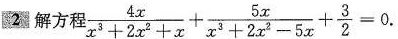
2，解方 $$\frac { 4 x } { x ^ { 3 } + 2 x ^ { 2 } + x } + \frac { 5 x } { x ^ { 3 } + 2 x ^ { 2 } - 5 x } + \frac { 3 } { 2 } = 0$$ .